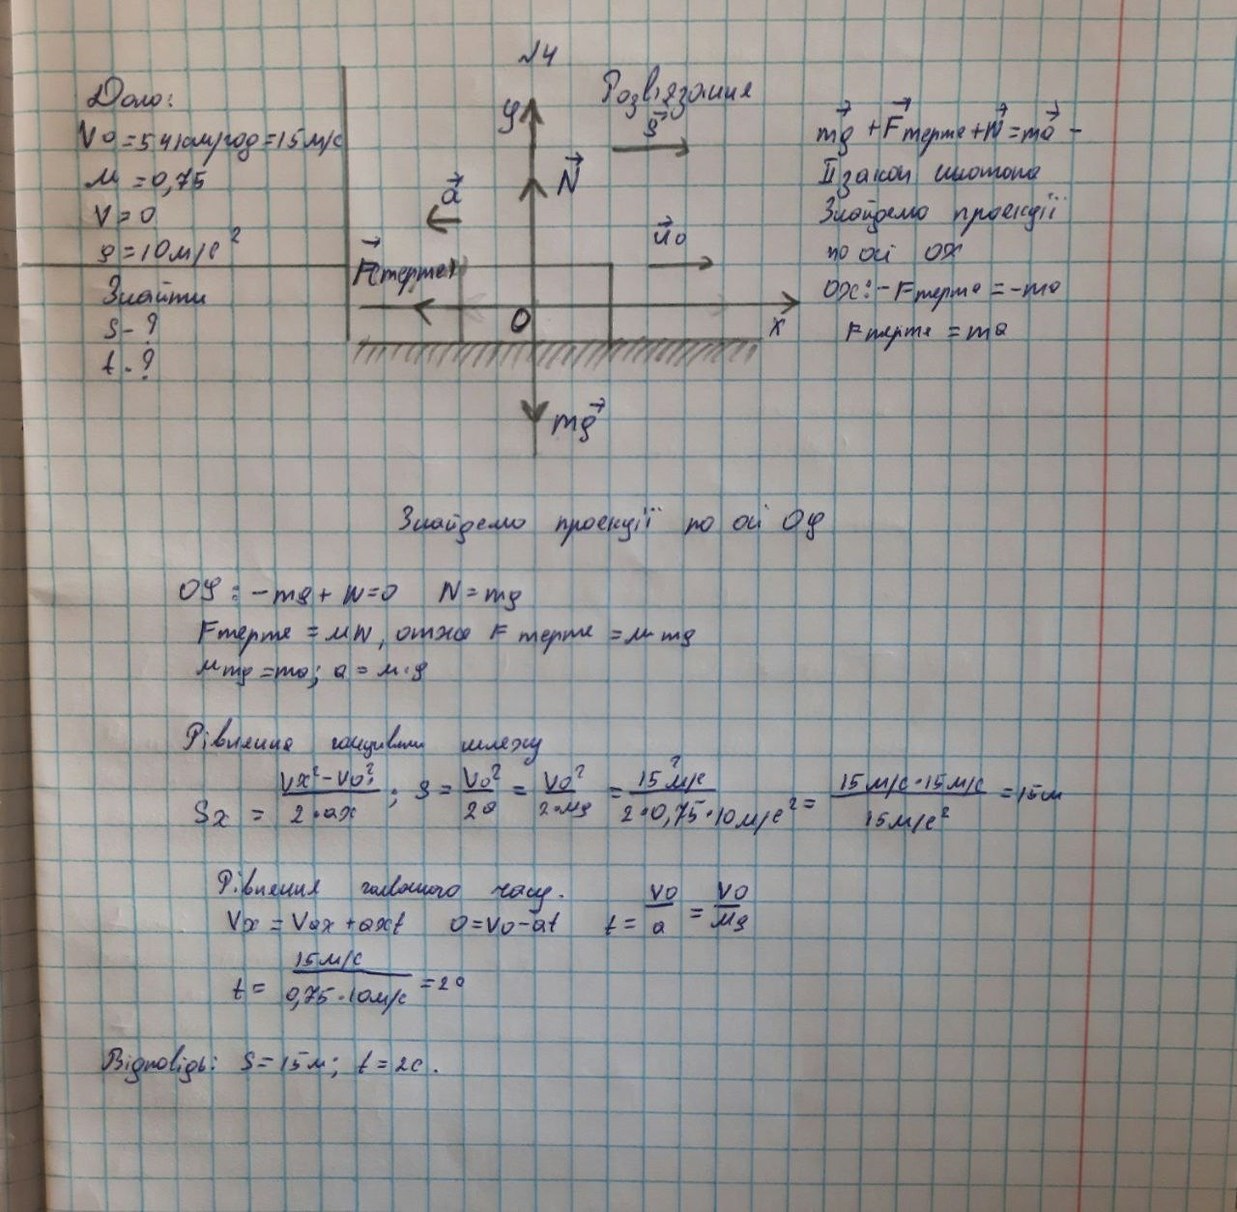
№4
Розв'язання
Дано:
mg + Fтертя + N = ma -
V0 = 54 км/год = 15 м/с
II закон Ньютона
М = 0,75
Знайдемо проекції
V = 0
g = 10 м/с^2
по осі ОХ
Знайти
ОХ: -Fтертя = -ma
S - ?
Fтертя = ma
t - ?
Знайдемо проекції по осі ОY
OY: -mg + N = 0  N = mg
Fтертя = MN, отже Fтертя = М mg
Mmg = ma; a = M⋅g
Рівняння половини шляху
Sx = (Vx^2 - V0^2)/2⋅ax; S = V0^2/20 = V0^2/2⋅Mg = 15^2 м/с/2⋅0,75⋅10 м/с^2 = 15 м/с ⋅15 м/с / 15 м/с^2 = 15 м
Рівняння головного часу.
Vx = Vax + axt   0 = V0 - at   t = V0/a = V0/Mg
t = 15 м/с / 0,75 ⋅10 м/с = 20
Відповідь: S = 15 м; t = 2 c.